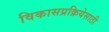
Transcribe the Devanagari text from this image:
विकासप्रक्रियेसाठी